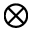
\otimes